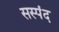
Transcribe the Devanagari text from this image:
सस्पंद